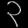
Digit: ၃